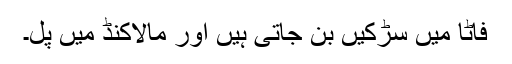
فاٹا میں سڑکیں بن جاتی ہیں اور مالاکنڈ میں پُل۔